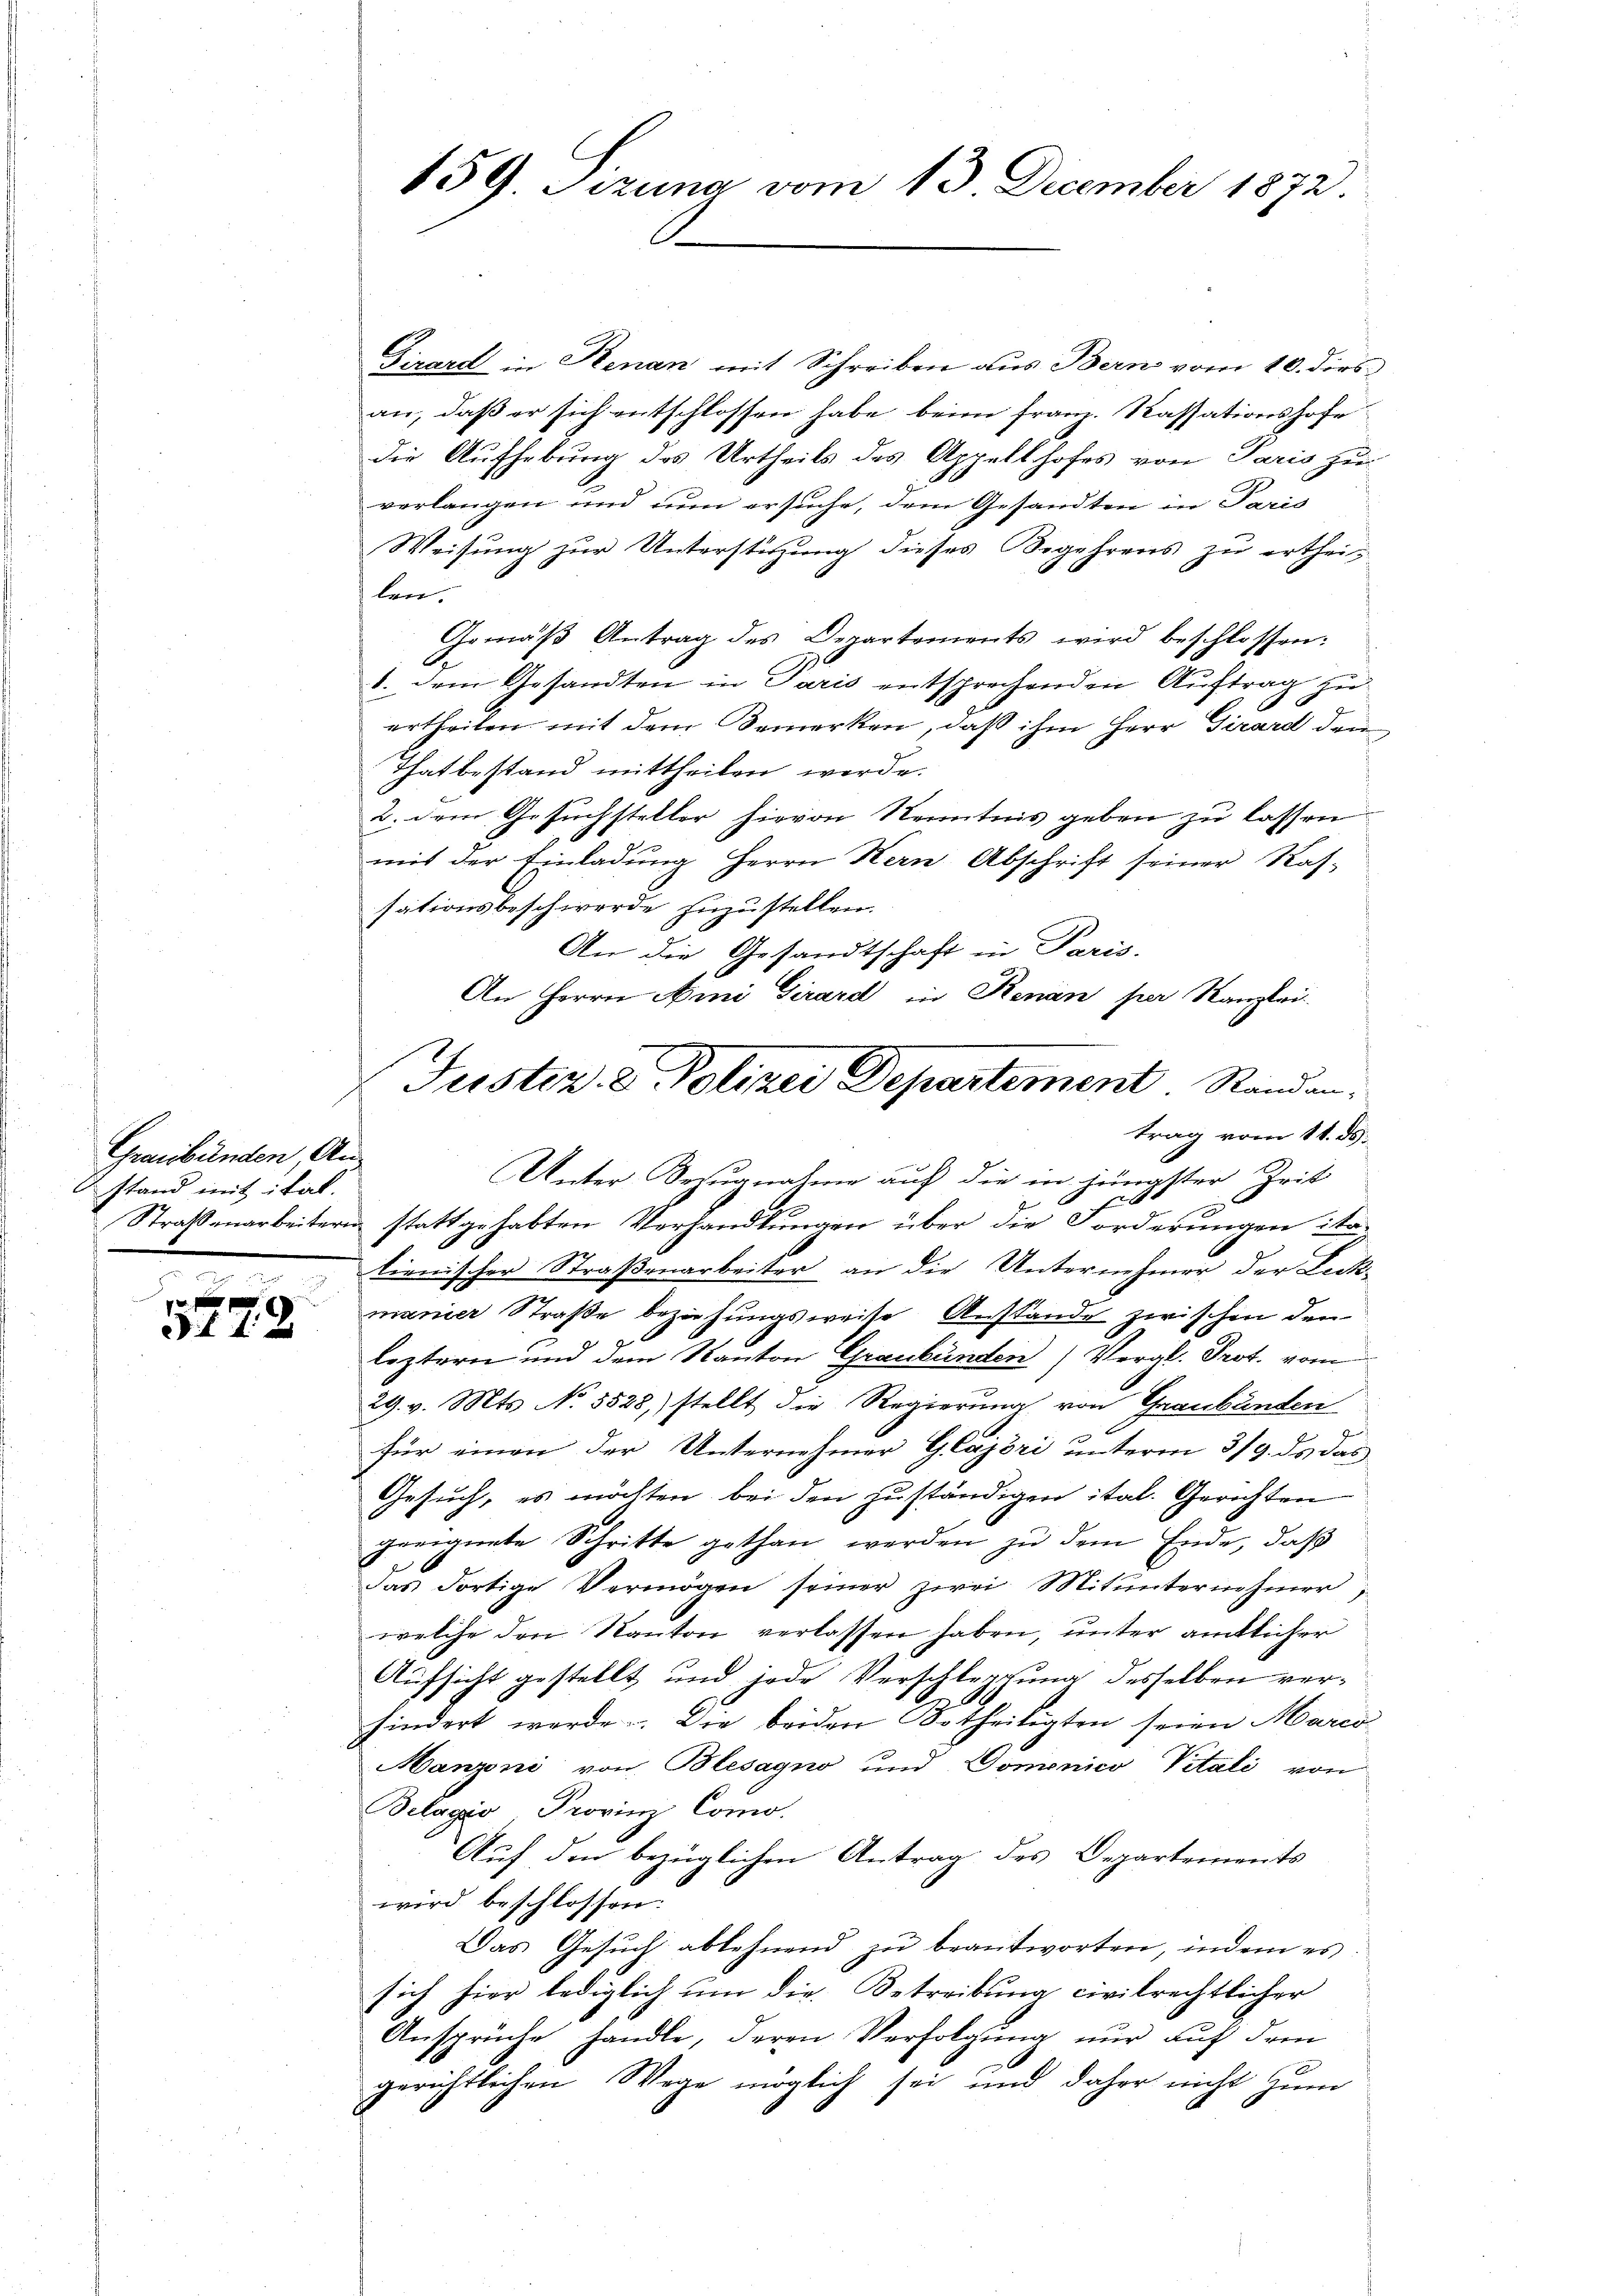
Graubünden, An
stand mit ital.

e
70 xx
3 f 4 x

Girard in Stenan mit Schreiben aus Bern vom 10. dies
an, daß er sich entschlossen habe, beim Franz. Kassationshofe
die Aufhebung des Urtheils des Appellhofes von Paris zu
verlangen und um ersuche, dem Gesandten in Paris
Weisung zur Unterstüzung dieses Begehrens zu ertheilen.
Gemäβ Antrag des Departements wird beschlossen:
1. dem Gesandten in Paris entsprechenden Auftrag zu-
ertheilen mit dem Bemerken, daß ihm Herr Girard dei
Thatbestand mittheilen werde.
2. dem Gesuchsteller hievon Kenntnis geben zu lassen.
mit der Einladung Herrn Hern Abschrift seiner Rassationsbeschwerde zuzustellen.
An die Gesandtschaft in Paris.
An Herrn Ami Girard in Renan per Kanzlei-
lienischer Straßenarbeiter an die Unternehmer der Leck-
manier Straße beziehungsweise Anstande zwischen den
leztern und dem Kanton Graubünden Vergl. Prot. vom
29. v. Mts. No. 5528) stellt die Regierung von Graubünden
für einen der Unternehmer G. Cajöri unterm 3/9. ds das
Gesuch, es möchten bei den zuständigen ital. Gerichten
geeignete Schritte gethan werden zu dem Ende, daß
das dortige Vermögen seiner zwei Mitunternehmer
welche den Kanton verlassen haben, unter amtlicher
Aufsicht gestellt und jede Verschleppung desselben verhindert werde. Die beiden Urtheiligten seien Marco
Manzoni von Blesagno und Domonico Vitali von
Belagio, Provinz Como.
Auf den bezüglichen Antrag des Departements
wird beschlossen:
Das Gesŭch ablehnend zŭ beantworten, indem es
sich hier lediglich ŭm die Betreibung civilrechtlicher
Ansprüche handle, deren Verfolgung nur auf dem
gerichtlichen Wege möglich sei und daher nicht zum

159. Sizung vom 13. December 1872.

Justiz- & Polizei Departement Standen.
trag vom 11. ds.
Unter Bezugnahme auf die in jüngster Zeit
f
1
Straßenarbeitern stattgehabten Verhandlungen über die Forderungen ite